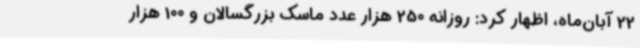
22 آبان‌ماه، اظهار کرد: روزانه 250 هزار عدد ماسک بزرگسالان و 100 هزار